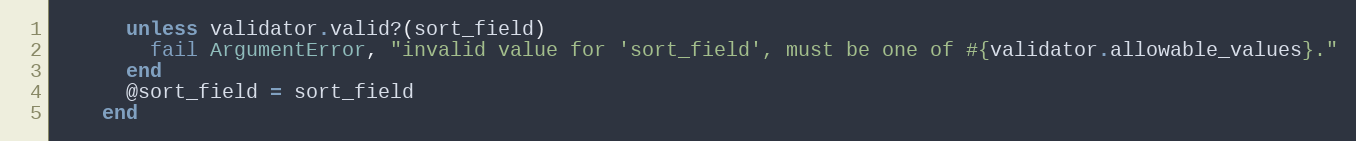
Language: Ruby
      unless validator.valid?(sort_field)
        fail ArgumentError, "invalid value for 'sort_field', must be one of #{validator.allowable_values}."
      end
      @sort_field = sort_field
    end